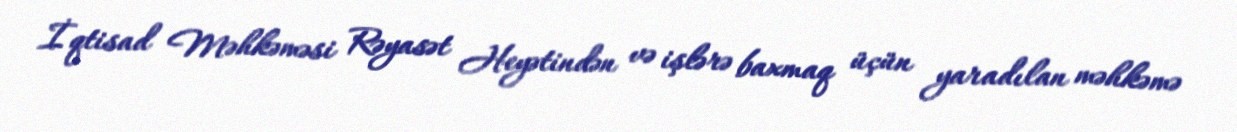
İqtisad Məhkəməsi Rəyasət Heyətindən və işlərə baxmaq üçün yaradılan məhkəmə